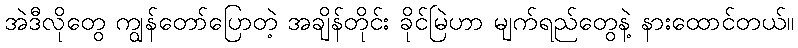
အဲဒီလိုတွေ ကျွန်တော်ပြောတဲ့ အချိန်တိုင်း ခိုင်မြဲဟာ မျက်ရည်တွေနဲ့ နားထောင်တယ်။